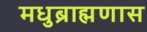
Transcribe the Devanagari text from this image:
मधुब्राह्मणास